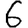
Digit: 6